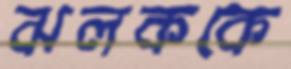
ঝলককে